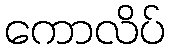
ကောလိပ်